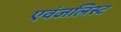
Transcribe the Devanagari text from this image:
एवंजलिस्ट